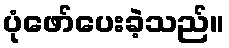
ပုံဖော်ပေးခဲ့သည်။